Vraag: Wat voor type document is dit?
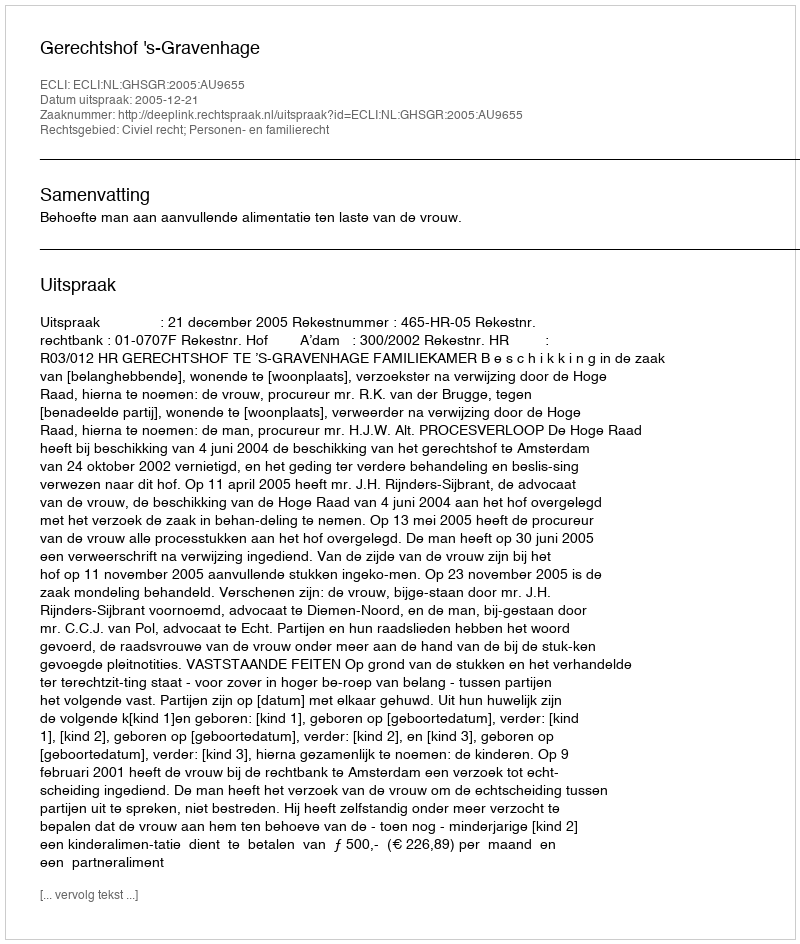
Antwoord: Uitspraak